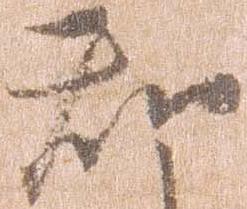
知